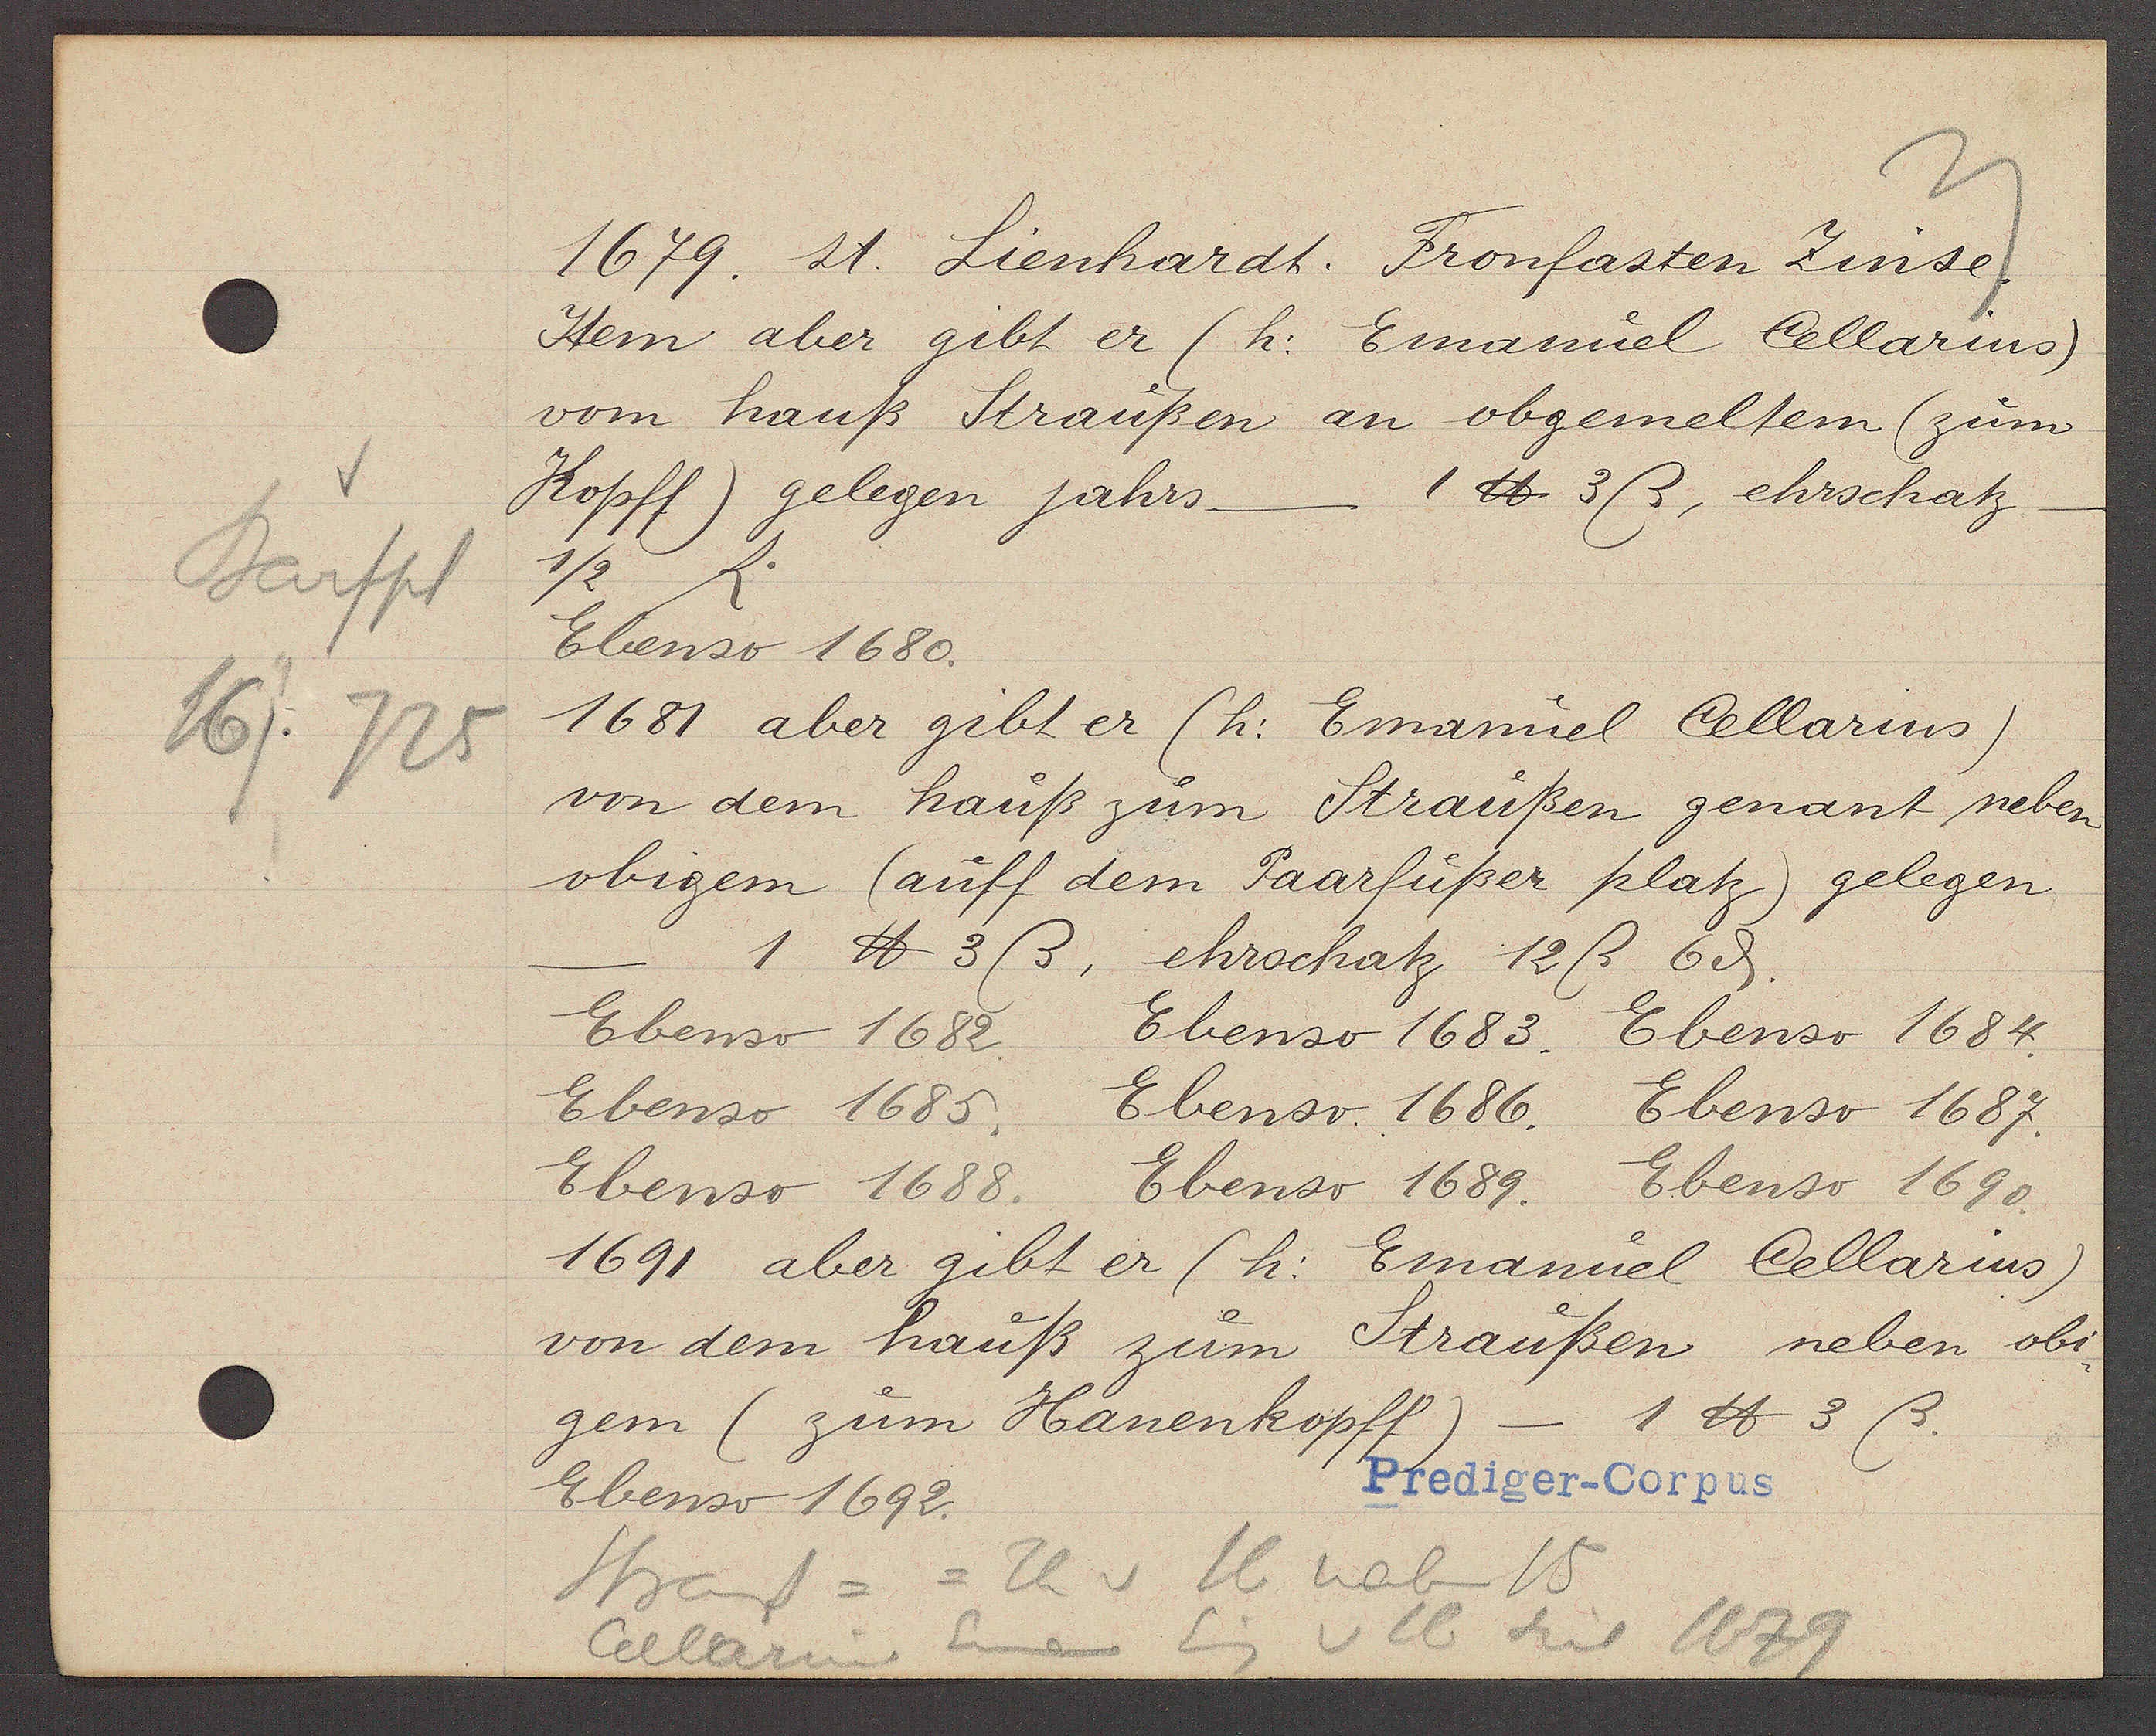
Transcript:
Barfpl
16/
725

1679. 21. Lienhardt. Fronfasten Zinse.

Item aber gibt er (h: Emanuel Cellarins)
vom hauß Straussen an obgemeltem (zum
1 ℔ 3ß, ehrschatz
Kopff gelegen jahrs
Ebenso 1680.
1681 aber gibt er (h: Emanuel Cellarins)
von dem hauß zum Straußen genant neben
obigem (auff dem Paarfüßer platz) gelegen
1 ℔ 3ß, ehrschatz 12ß 6ȡ.
Ebenso 1682. Ebenso 1683. Ebenso 1684.
Ebenso 1685. Ebenso 1686. Ebenso 1687.
Ebenso 1688.
Ebenso 1690.
Ebenso 1689.
1691 aber gibt er (h: Emanuel Cellarius)
von dem hauß zum Straussen neben obi¬
1 ℔ 3 ß.
gem (zum Hanenkopff)
Ebenso 1692.

Prediger-Corpus

= Th v 16 neben 15
Strauss =
Cellarius Eman Eig v 16 seit 1679